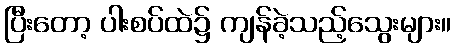
ပြီးတော့ ပါးစပ်ထဲ၌ ကျန်ခဲ့သည့်သွေးများ။